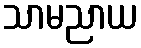
သာမညာယ